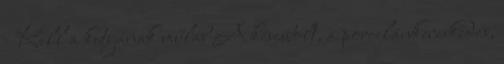
- Kell a kutyának műláb A késesbolt, a porcelánkereskedés,